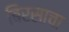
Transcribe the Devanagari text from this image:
बिरसाचा